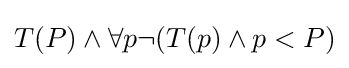
T(P)\wedge \forall p\neg (T(p)\wedge p<P)